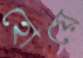
হোয়ে